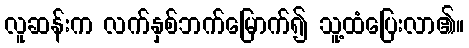
လူဆန်းက လက်နှစ်ဘက်မြောက်၍ သူ့ထံပြေးလာ၏။